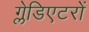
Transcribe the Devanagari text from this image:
ग्लेडिएटरों